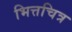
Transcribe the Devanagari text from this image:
भित्तचित्र